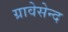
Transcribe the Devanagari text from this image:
ग्रावेसेन्द